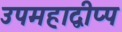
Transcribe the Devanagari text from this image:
उपमहाद्वीप्प